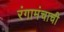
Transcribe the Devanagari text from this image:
रंगामंचाची